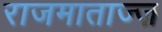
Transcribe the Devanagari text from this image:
राजमाताज्ज़